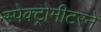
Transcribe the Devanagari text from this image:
स्पेक्ट्रोमीटरने